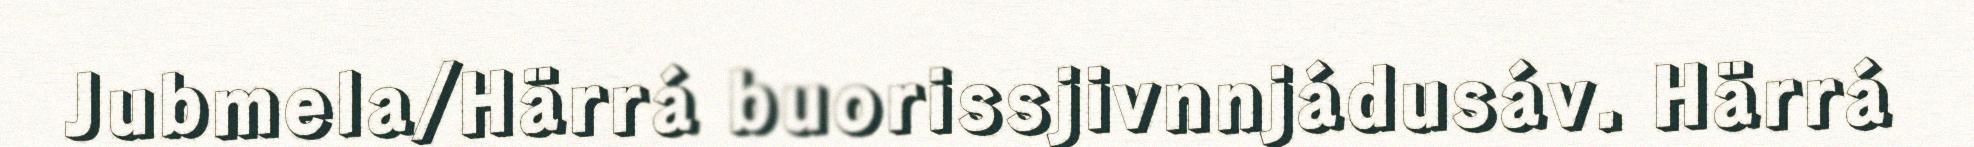
Jubmela/Härrá buorissjivnnjádusáv. Härrá